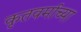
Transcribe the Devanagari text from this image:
कृतवर्माच्या